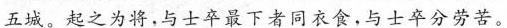
五城。起之为将，与士卒最下者同衣食，与士卒分劳苦。